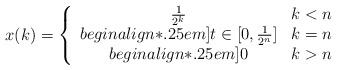
LaTeX: \begin{align*}x(k)=\left\{\begin{array}{cl}\tfrac{1}{2^k}&k<n\\begin{align*}.25em]t\in[0,\tfrac{1}{2^n}]&k=n\\begin{align*}.25em]0&k>n\end{array}\right.\end{align*}